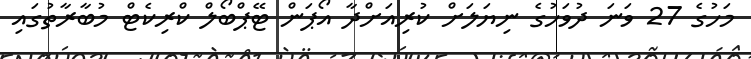
މަހުގެ 27 ވަނަ ދުވަހުގެ ނިޔަލަށް ކުރިއަށްދާ އޯޕަން ޓޭޕްބޯލް ކްރިކެޓް މުބާރާތުގައި